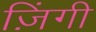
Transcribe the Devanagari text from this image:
ज़िंगी